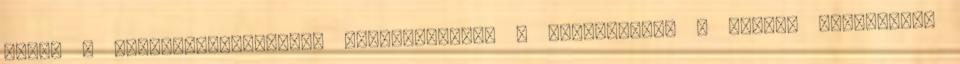
jogok A médiaszolgáltatási tevékenységét a Médiatanács a Magyar Mecenatúra